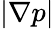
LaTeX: |\nabla p|